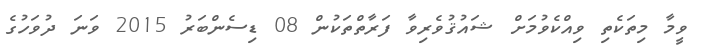
ވީމާ މިތަކެތި ވިއްކެވުމަށް ޝައުޤުވެރިވާ ފަރާތްތަކުން 08 ޑިސެންބަރު 2015 ވަނަ ދުވަހުގެ